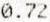
0.72